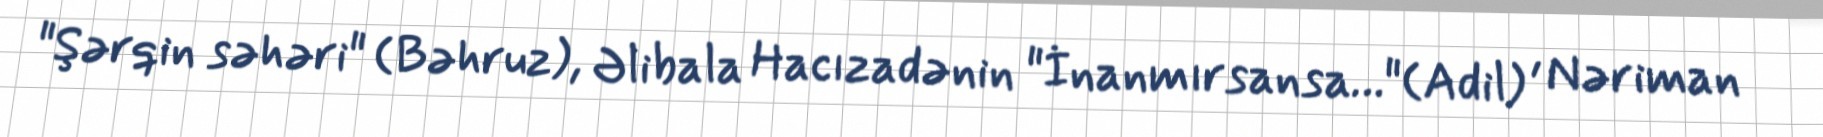
"Şərqin səhəri" (Bəhruz), Əlibala Hacızadənin "İnanmırsansa…"(Adil) , Nəriman